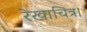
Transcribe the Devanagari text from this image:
रेखाचित्र।